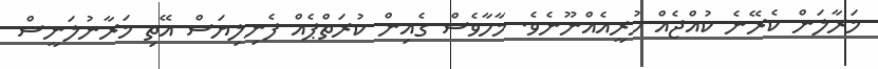
މަރާލަން ކެރޭނެ ކުއްޖެއް ހުރީއެއްނޫނެވެ. މާހާވެސް ގެއިން ކުރަތްޕެއް ފެނިލިޔަސް އޭތި މަރާނުލަނީސް